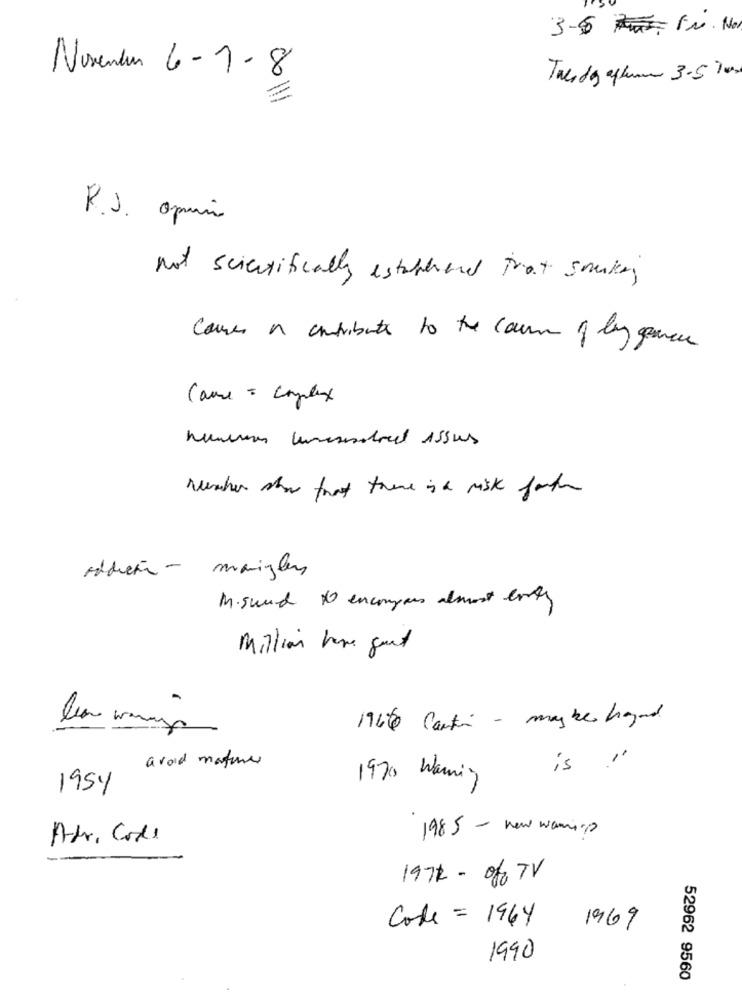
3-6 Fr. Non
November 6-1-8
Tale da allume 3-5 %on
R.J. api
not scientifically establened that smacking
Comes a contributes to the cause of lay gemmer
Came = complex
Washer show that there is a risk forth
Addiction- maingles
M. Sund No encompass almost erity
Million have grund
1966 Carti - maybe hagand
avoid mature
is "
1970 Warning
1954
Adr. Code
1985 - new warning
1972 - of0 TV
Code = 1964
1969
1990
52962 9560